Report of the Indian Hemp Drugs Commission, 1894-1895 - Volume V
Year: 1894
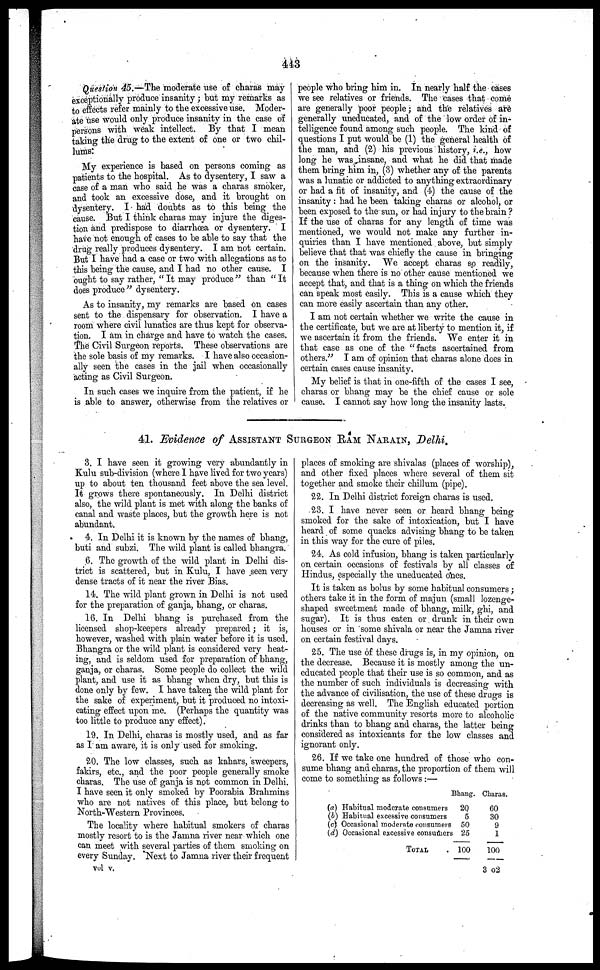
413
Question 45.—The moderate use of charas may
exceptionally produce insanity ; but my remarks as
to effects refer mainly to the excessive use. Moder-
ate use would only produce insanity in the case of
persons with weak intellect. By that I mean
taking the drug to the extent of one or two chil-
lums:
My experience is based on persons coming as
patients to the hospital. As to dysentery, I saw a
case of a man who said he was a charas smoker,
and took an excessive dose, and it brought on
dysentery. I had doubts as to this being the
cause. But I think charas may injure the diges-
tion and predispose to diarrhoea or dysentery. I
have not enough of cases to be able to say that the
drug really produces dysentery. I am not certain.
But I have had a case or two with allegations as to
this being the cause, and I had no other cause. I
ought to say rather, " It may produce " than " It
does produce" dysentery.
As to insanity, my remarks are based on cases
sent to the dispensary for observation. I have a
room where civil lunatics are thus kept for observa-
tion. I am in charge and have to watch the cases.
The Civil Surgeon reports. These observations are
the sole basis of my remarks. I have also occasion-
ally seen the cases in the jail when occasionally
acting as Civil Surgeon.
In such cases we inquire from the patient, if he
is able to answer, otherwise from the relatives or
people who bring him in. In nearly half the cases
we see relatives or friends. The cases that come
are generally poor people; and the relatives are
generally uneducated, and of the low order of in-
telligence found among such people. The kind of
questions I put would be (1) the general health of
the man, and (2) his previous history, i.e., how
long he was insane, and what he did that made
them bring him in, (3) whether any of the parents
was a lunatic or addicted to anything extraordinary
or had a fit of insanity, and (4) the cause of the
insanity : had he been taking charas or alcohol, or
been exposed to the sun, or had injury to the brain?
If the use of charas for any length of time was
mentioned, we would not make any further in-
quiries than I have mentioned above, but simply
believe that that was chiefly the cause in bringing
on the insanity. We accept charas so readily,
because when there is no other cause mentioned we
accept that, and that is a thing on which the friends
can speak most easily. This is a cause which they
can more easily ascertain than any other.
I am not certain whether we write the cause in
the certificate, but we are at liberty to mention it, if
we ascertain it from the friends. We enter it in
that case as one of the "facts ascertained from
others." I am of opinion that charas alone does in
certain cases cause insanity.
My belief is that in one-fifth of the cases I see,
charas or bhang may be the chief cause or sole
cause. I cannot say how long the insanity lasts.
41. Evidence of ASSISTANT SURGEON RAM NARAIN, Delhi,
3. I have seen it growing very abundantly in
Kulu sub-division (where I have lived for two years)
up to about ten thousand feet above the sea level.
It grows there spontaneously. In Delhi district
also, the wild plant is met with along the banks of
canal and waste places, but the growth here is not
abundant.
4. In Delhi it is known by the names of bhang,
buti and subzi. The wild plant is called bhangra.
6. The growth of the wild plant in Delhi dis-
trict is scattered, but in Kulu, I have seen very
dense tracts of it near the river Bias.
14. The wild plant grown in Delhi is not used
for the preparation of ganja, bhang, or charas.
16. In Delhi bhang is purchased from the
licensed shop-keepers already prepared; it is,
however, washed with plain water before it is used.
Bhangra or the wild plant is considered very heat-
ing, and is seldom used for preparation of bhang,
ganja, or charas. Some people do collect the wild
plant, and use it as bhang when dry, but this is
done only by few. I have taken the wild plant for
the sake of experiment, but it produced no intoxi-
cating effect upon me, (Perhaps the quantity was
too little to produce any effect).
19. In Delhi, charas is mostly used, and as far
as I am aware, it is only used for smoking.
20, The low classes, such as kahars, sweepers,
fakirs, etc., and the poor people generally smoke
charas. The use of ganja is not common in Delhi.
I have seen it only smoked by Poorabia Brahmins
who are not natives of this place, but belong to
North-Western Provinces.
The locality where habitual smokers of charas
mostly resort to is the Jamna river near which one
can meet with several parties of them smoking on
every Sunday. Next to Jamna river their frequent
Vol V.
places of smoking are shivalas (places of worship),
and other fixed places where several of them sit
together and smoke their chillum (pipe).
22. In Delhi district foreign charas is used.
23. I have never seen or heard bhang being
smoked for the sake of intoxication, but I have
heard of some quacks advising bhang to be taken
in this way for the cure of piles.
24. As cold infusion, bhang is taken particularly
on certain occasions of festivals by all classes of
Hindus, especially the uneducated ones.
It is taken as bolus by some habitual consumers;
others take it in the form of majun (small lozenge-
shaped sweetmeat made of bhang, milk, ghi, and
sugar). It is thus eaten or drunk in their own
houses or in some shivala or near the Jamna river
on certain festival days.
25. The use of these drugs is, in my opinion, on
the decrease. Because it is mostly among the un-
educated people that their use is so common, and as
the number of such individuals is decreasing with
the advance of civilisation, the use of these drugs is
decreasing as well. The English educated portion
of the native community resorts more to alcoholic
drinks than to bhang and charas, the latter being
considered as intoxicants for the low classes and
ignorant only.
26. If we take one hundred of those who con-
sume bhang and charas, the proportion of them will
come to something as follows :—
(a)
(b)
(c)
(d)
Bhang.
Habitual moderate consumers
20
Habitual excessive consumers
5
Occasional moderate consumers 50
Occasional excessive consumers 25
TOTAL
100
Charas.
60
30
9
1
100
3 O 2